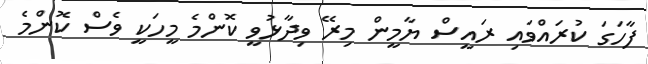
ފާހަގަ ކުރައްވައި ރައީސް ޔާމީން މިރޭ ވިދާޅުވީ ކޮންމެ މީހަކީ ވެސް ކޮންމެ